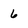
Character: 6